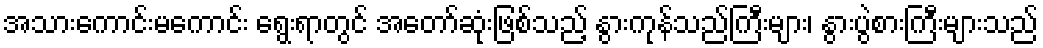
အသားကောင်းမကောင်း ရွေးရာတွင် အတော်ဆုံးဖြစ်သည့် နွားကုန်သည်ကြီးများ၊ နွားပွဲစားကြီးများသည်